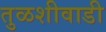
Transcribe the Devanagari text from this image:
तुळशीवाडी